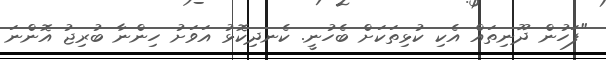
"ފަހުން ދޫނިތައް އެކި ކުޅިތަކަށް ބެހުނީ. ކެނދިކޮޅު އަވަށު ހިންނާ ބުރިޖު އޮންނަ